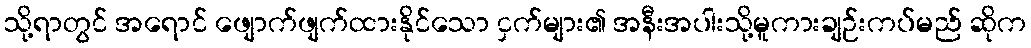
သို့ရာတွင် အရောင် ဖျောက်ဖျက်ထားနိုင်သော ငှက်များ၏ အနီးအပါးသို့မူကားချဉ်းကပ်မည် ဆိုက